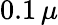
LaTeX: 0.1\, \mu